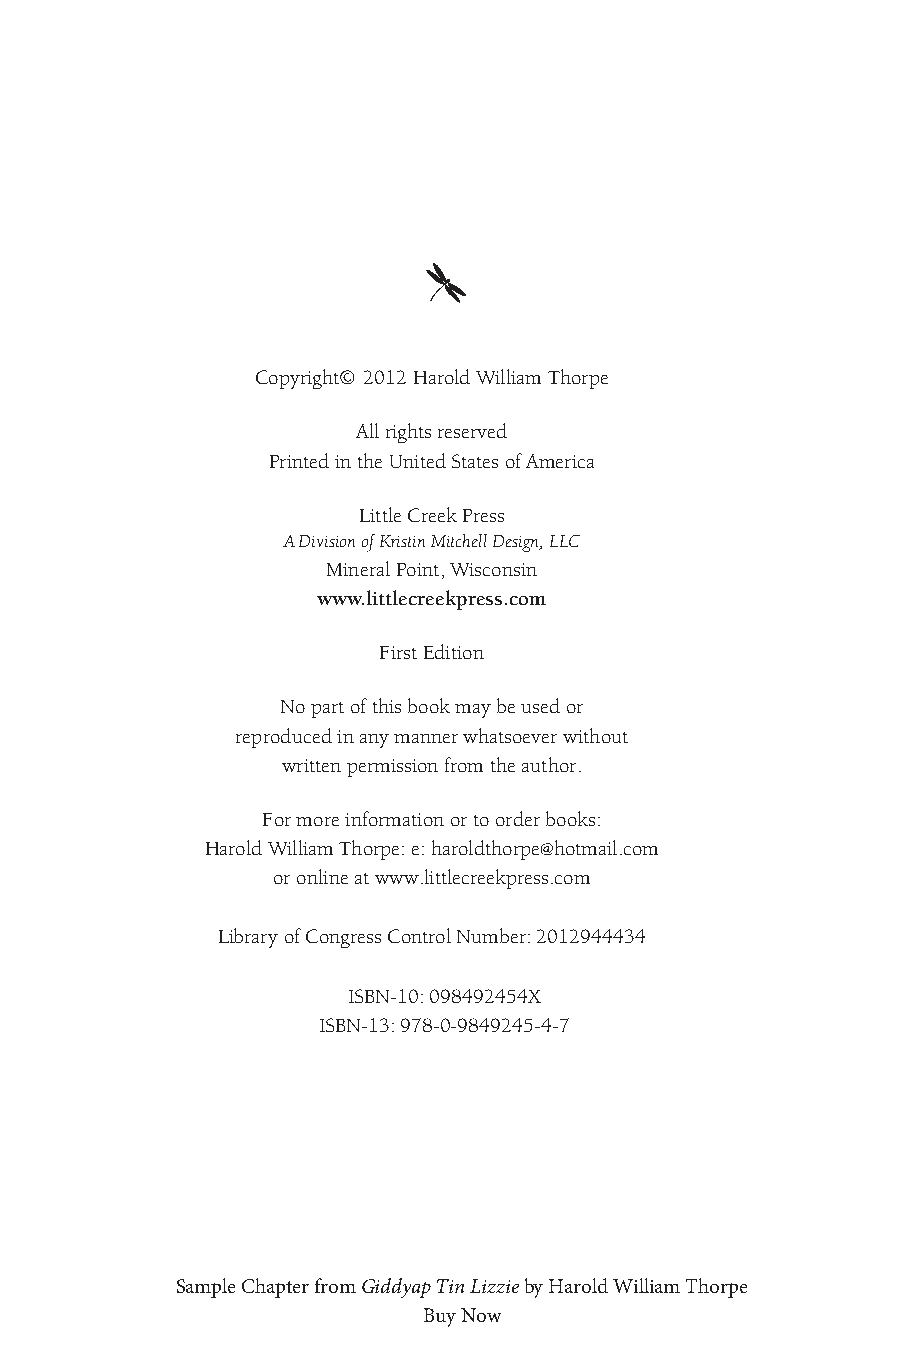
Copyright© 2012 Harold William Thorpe
 all rights reserved
 printed in the United States of america
 little Creek press
 A Division of Kristin Mitchell Design, LLC
 mineral point, Wisconsin
 www.littlecreekpress.com
 First edition
 No part of this book may be used or
 reproduced in any manner whatsoever without
 written permission from the author.
 For more information or to order books:
 Harold William Thorpe: e: haroldthorpe@hotmail.com
 or online at www.littlecreekpress.com
 library of Congress Control Number: 2012944434
 ISBN-10: 098492454X
 ISBN-13: 978-0-9849245-4-7
 Sample Chapter from Giddyap Tin Lizzie by Harold William Thorpe
 Buy Now